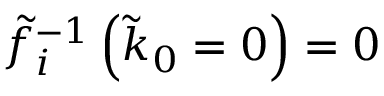
\tilde { f } _ { i } ^ { - 1 } \left( \tilde { k } _ { 0 } = 0 \right) = 0